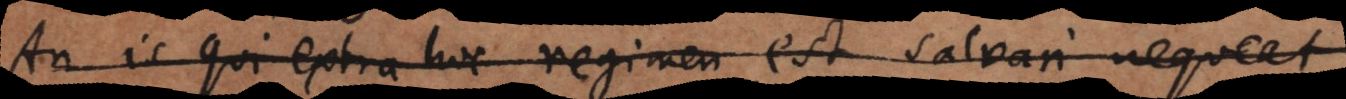
An is qui extra hoc regimen est salvari nequeat